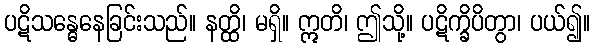
ပဋိသန္ဓေနေခြင်းသည်။ နတ္ထိ၊ မရှိ။ ဣတိ၊ ဤသို့။ ပဋိက္ခိပိတွာ၊ ပယ်၍။